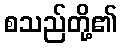
စသည်တို့၏